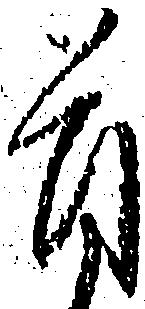
首